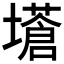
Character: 𡒝